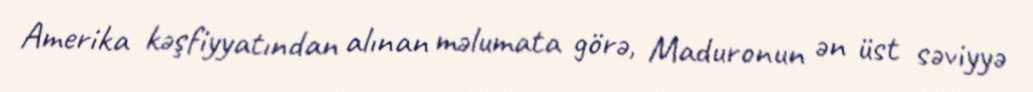
Amerika kəşfiyyatından alınan məlumata görə, Maduronun ən üst səviyyə